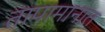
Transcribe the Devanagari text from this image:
तापामानात